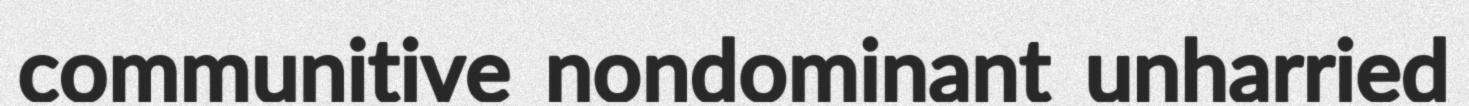
communitive nondominant unharried